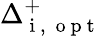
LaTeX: \Delta_{\mathrm{~i~,~\mathrm{~o~p~t~}~}}^{+}